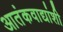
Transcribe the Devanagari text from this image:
आतंकवाद्यांशी